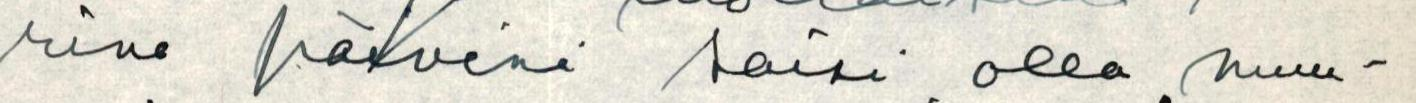
rina päivinä saisi olla muu-